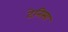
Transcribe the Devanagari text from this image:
टेनिसा